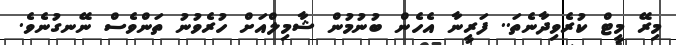
މިރޭ މީޓް ކުރެވިދާނެތަ.. ފަރީނާ އެހެން ބުނުމުން ޝާމިލްއަށް ހުރެވުނު ތަންވެސް ނޭނގުނެވެ.